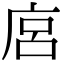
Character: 𢈚